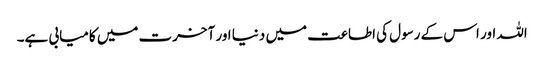
اللہ اور اس کے رسول کی اطاعت میں دنیا اور آخرت میں کامیابی ہے۔